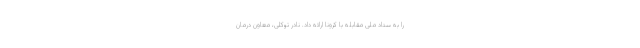
را به ستاد ملی مقابله با کرونا ارائه داد. نادر توکلی، معاون درمان